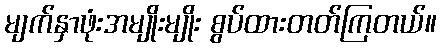
မျက်နှာဖုံးအမျိုးမျိုး စွပ်ထားတတ်ကြတယ်။